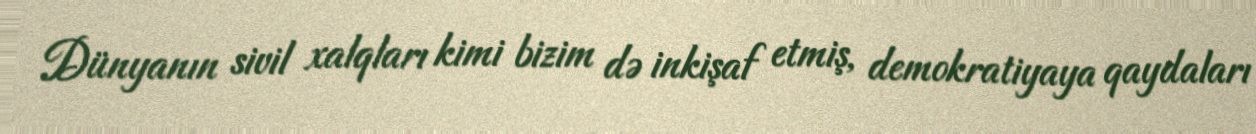
Dünyanın sivil xalqları kimi bizim də inkişaf etmiş, demokratiyaya qaydaları